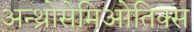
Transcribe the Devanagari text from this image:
अन्थ्रोसेमिओतिक्स